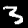
Digit: 3